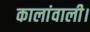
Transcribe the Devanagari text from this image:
कालांवाली।